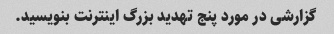
گزارشی در مورد پنج تهدید بزرگ اینترنت بنویسید.